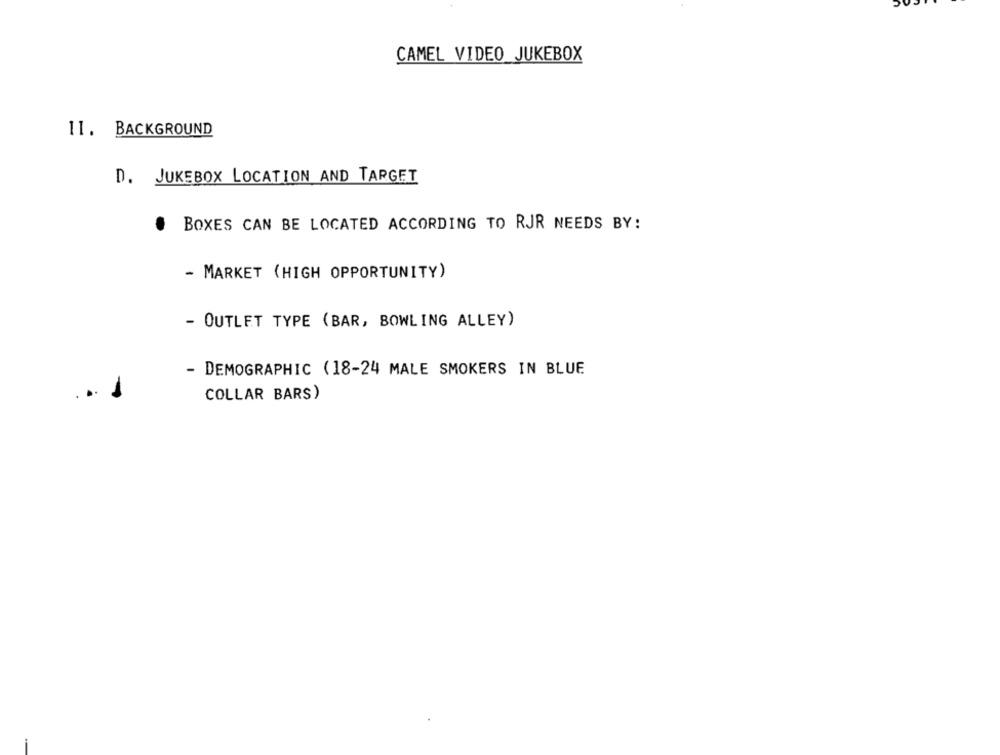
CAMEL VIDEO JUKEBOX
11. BACKGROUND
D. JUKEBOX LOCATION AND TARGET
BOXES CAN BE LOCATED ACCORDING TO RJR NEEDS BY:
- MARKET (HIGH OPPORTUNITY)
- OUTLET TYPE (BAR, BOWLING ALLEY)
- DEMOGRAPHIC (18-24 MALE SMOKERS IN BLUE
COLLAR BARS)